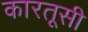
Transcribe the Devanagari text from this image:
कारतूसी